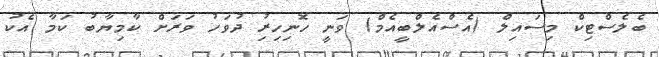
ބެލެސްޓިކް މިސައިލް (އެސްއެލްބީއެމް) ވަނީ ހޮނިހިރިު ދުވަހު ވަރަށް ކާމިޔާބު ކަމާ އެކު